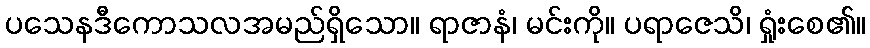
ပသေနဒီကောသလအမည်ရှိသော။ ရာဇာနံ၊ မင်းကို။ ပရာဇေသိ၊ ရှုံးစေ၏။